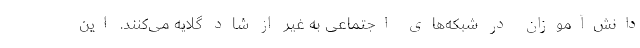
دانش‌آموزان در شبکه‌های اجتماعی به غیر از شاد گلایه می‌کنند. این